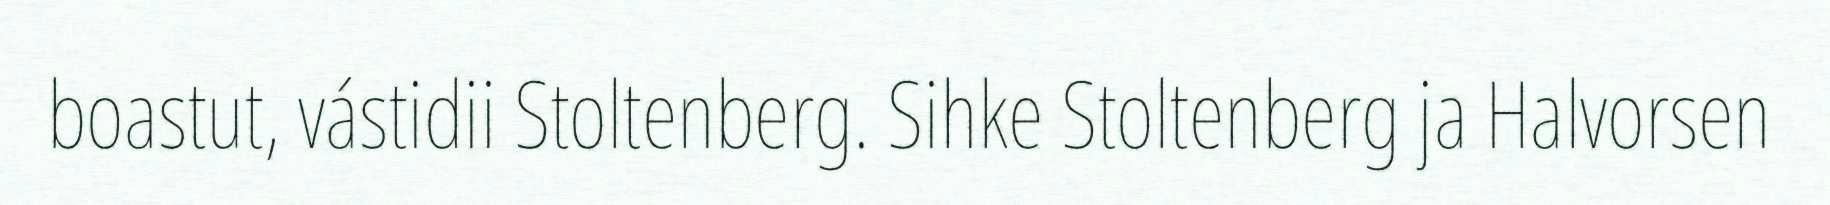
boastut, vástidii Stoltenberg. Sihke Stoltenberg ja Halvorsen